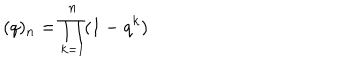
( q ) _ { n } = \prod _ { k = 1 } ^ { n } ( 1 - q ^ { k } )